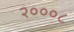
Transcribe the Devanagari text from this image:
२०००८